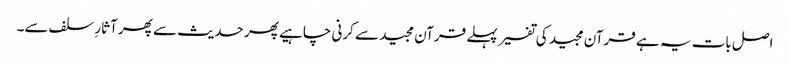
اصل بات یہ ہے قرآن مجید کی تفسیر پہلے قرآن مجید سے کرنی چاہیے پھر حدیث سے پھر آثارِ سلف سے۔